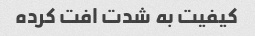
کیفیت به شدت افت کرده